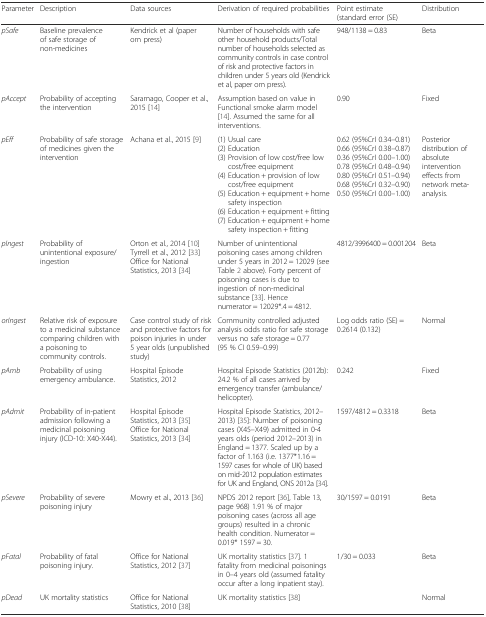
<table><thead><tr><td><b>Parameter</b></td><td><b>Description</b></td><td><b>Data sources</b></td><td><b>Derivation of required probabilities</b></td><td><b>Point estimate (standard error (SE)</b></td><td><b>Distribution</b></td></tr></thead><tbody><tr><td><i>pSafe</i></td><td>Baseline prevalence of safe storage of non-medicines</td><td>Kendrick et al (paper om press)</td><td>Number of households with safe other household products/Total number of households selected as community controls in case control of risk and protective factors in children under 5 years old (Kendrick et al, paper om press).</td><td>948/1138 = 0.83</td><td>Beta</td></tr><tr><td><i>pAccept</i></td><td>Probability of accepting the intervention</td><td>Saramago, Cooper et al., 2015 [14]</td><td>Assumption based on value in Functional smoke alarm model [14]. Assumed the same for all interventions.</td><td>0.90</td><td>Fixed</td></tr><tr><td><i>pEff</i></td><td>Probability of safe storage of medicines given the intervention</td><td>Achana et al., 2015 [9]</td><td>(1) Usual care(2) Education(3) Provision of low cost/free low cost/free equipment(4) Education + provision of low cost/free equipment(5) Education + equipment + home safety inspection(6) Education + equipment + fitting(7) Education + equipment + home safety inspection + fitting</td><td>0.62 (95%CrI 0.34–0.81)0.66 (95%CrI 0.38–0.87)0.36 (95%CrI 0.00–1.00)0.78 (95%CrI 0.48–0.94)0.80 (95%CrI 0.51–0.94)0.68 (95%CrI 0.32–0.90)0.50 (95%CrI 0.00–1.00)</td><td>Posterior distribution of absolute intervention effects from network meta-analysis.</td></tr><tr><td><i>pIngest</i></td><td>Probability of unintentional exposure/ingestion</td><td>Orton et al., 2014 [10]Tyrrell et al., 2012 [33]Office for National Statistics, 2013 [34]</td><td>Number of unintentional poisoning cases among children under 5 years in 2012 = 12029 (see Table 2 above). Forty percent of poisoning cases is due to ingestion of non-medicinal substance [33]. Hence numerator = 12029*.4 = 4812.</td><td>4812/3996400 = 0.001204</td><td>Beta</td></tr><tr><td><i>orIngest</i></td><td>Relative risk of exposure to a medicinal substance comparing children with a poisoning to community controls.</td><td>Case control study of risk and protective factors for poison injuries in under 5 year olds (unpublished study)</td><td>Community controlled adjusted analysis odds ratio for safe storage versus no safe storage = 0.77 (95 % CI 0.59–0.99)</td><td>Log odds ratio (SE) = 0.2614 (0.132)</td><td>Normal</td></tr><tr><td><i>pAmb</i></td><td>Probability of using emergency ambulance.</td><td>Hospital Episode Statistics, 2012</td><td>Hospital Episode Statistics (2012b): 24.2 % of all cases arrived by emergency transfer (ambulance/helicopter).</td><td>0.242</td><td>Fixed</td></tr><tr><td><i>pAdmit</i></td><td>Probability of in-patient admission following a medicinal poisoning injury (ICD-10: X40-X44).</td><td>Hospital Episode Statistics, 2013 [35]Office for National Statistics, 2013 [34]</td><td>Hospital Episode Statistics, 2012–2013) [35]: Number of poisoning cases (X45–X49) admitted in 0-4 years olds (period 2012–2013) in England = 1377. Scaled up by a factor of 1.163 (i.e. 1377*1.16 = 1597 cases for whole of UK) based on mid-2012 population estimates for UK and England, ONS 2012a [34].</td><td>1597/4812 = 0.3318</td><td>Beta</td></tr><tr><td><i>pSevere</i></td><td>Probability of severe poisoning injury</td><td>Mowry et al., 2013 [36]</td><td>NPDS 2012 report [36], Table 13, page 968) 1.91 % of major poisoning cases (across all age groups) resulted in a chronic health condition. Numerator = 0.019* 1597 = 30.</td><td>30/1597 = 0.0191</td><td>Beta</td></tr><tr><td><i>pFatal</i></td><td>Probability of fatal poisoning injury.</td><td>Office for National Statistics, 2012 [37]</td><td>UK mortality statistics [37]. 1 fatality from medicinal poisonings in 0–4 years old (assumed fatality occur after a long inpatient stay).</td><td>1/30 = 0.033</td><td>Beta</td></tr><tr><td><i>pDead</i></td><td>UK mortality statistics</td><td>Office for National Statistics, 2010 [38]</td><td>UK mortality statistics [38]</td><td></td><td>Normal</td></tr></tbody></table>